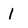
Character: I